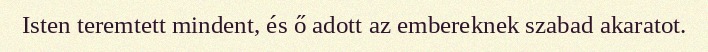
Isten teremtett mindent, és ő adott az embereknek szabad akaratot.